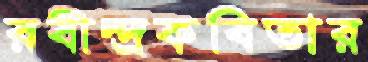
রবীন্দ্রকবিতার